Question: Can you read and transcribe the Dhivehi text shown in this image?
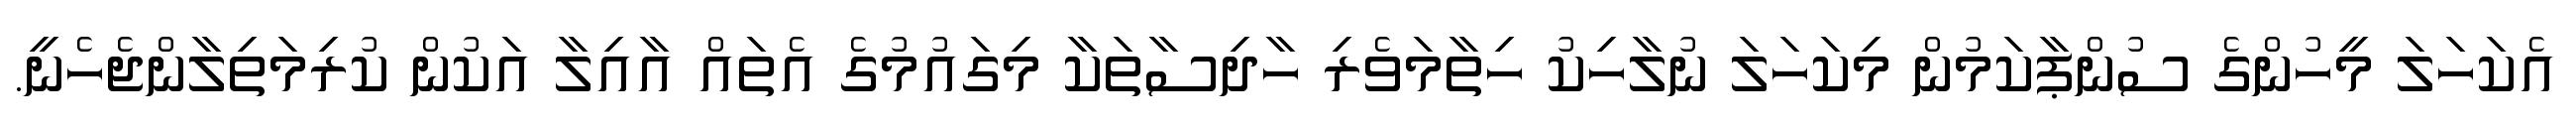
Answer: އެކަހަލަ މީހުންގެ ސުންޕާކަމުން މިކަހަލަ ނުލާހިކު ހިތާމަވެރި ހާދިސާތަކާ މިގައުމުގެ އެތައް އާއިލާ އަކުން ކުރިމަތިލާންޖެހެނީ.